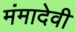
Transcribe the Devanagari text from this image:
मंमादेवी